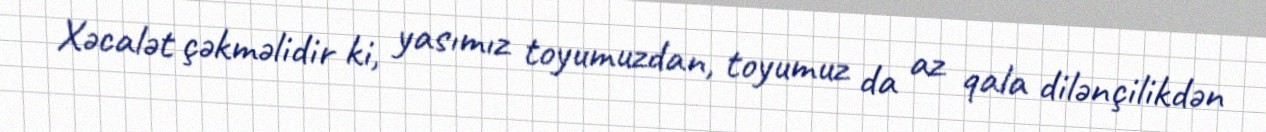
Xəcalət çəkməlidir ki, yasımız toyumuzdan, toyumuz da az qala dilənçilikdən